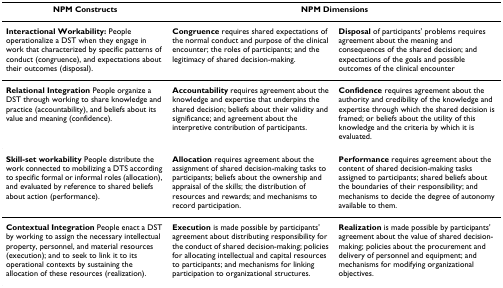
<table><thead><tr><td><b>NPM Constructs</b></td><td colspan="2"><b>NPM Dimensions</b></td></tr></thead><tbody><tr><td><b>Interactional Workability: </b>People operationalize a DST when they engage in work that characterized by specific patterns of conduct (congruence), and expectations about their outcomes (disposal).</td><td><b>Congruence </b>requires shared expectations of the normal conduct and purpose of the clinical encounter; the roles of participants; and the legitimacy of shared decision-making.</td><td><b>Disposal </b>of participants&#x27; problems requires agreement about the meaning and consequences of the shared decision; and expectations of the goals and possible outcomes of the clinical encounter</td></tr><tr><td><b>Relational Integration </b>People organize a DST through working to share knowledge and practice (accountability), and beliefs about its value and meaning (confidence).</td><td><b>Accountability </b>requires agreement about the knowledge and expertise that underpins the shared decision; beliefs about their validity and significance; and agreement about the interpretive contribution of participants.</td><td><b>Confidence </b>requires agreement about the authority and credibility of the knowledge and expertise through which the shared decision is framed; or beliefs about the utility of this knowledge and the criteria by which it is evaluated.</td></tr><tr><td><b>Skill-set workability </b>People distribute the work connected to mobilizing a DTS according to specific formal or informal roles (allocation), and evaluated by reference to shared beliefs about action (performance).</td><td><b>Allocation </b>requires agreement about the assignment of shared decision-making tasks to participants; beliefs about the ownership and appraisal of the skills; the distribution of resources and rewards; and mechanisms to record participation.</td><td><b>Performance </b>requires agreement about the content of shared decision-making tasks assigned to participants; shared beliefs about the boundaries of their responsibility; and mechanisms to decide the degree of autonomy available to them.</td></tr><tr><td><b>Contextual Integration </b>People enact a DST by working to assign the necessary intellectual property, personnel, and material resources (execution); and to seek to link it to its operational contexts by sustaining the allocation of these resources (realization).</td><td><b>Execution </b>is made possible by participants&#x27; agreement about distributing responsibility for the conduct of shared decision-making; policies for allocating intellectual and capital resources to participants; and mechanisms for linking participation to organizational structures.</td><td><b>Realization </b>is made possible by participants&#x27; agreement about the value of shared decision-making; policies about the procurement and delivery of personnel and equipment; and mechanisms for modifying organizational objectives.</td></tr></tbody></table>